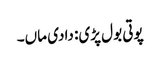
پوتی بول پڑی: دادی ماں۔